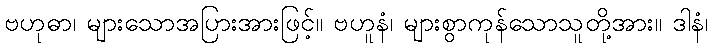
ဗဟုဓာ၊ များသောအပြားအားဖြင့်။ ဗဟူနံ၊ များစွာကုန်သောသူတို့အား။ ဒါနံ၊